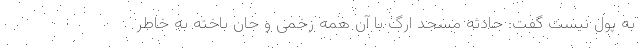
به پول نیست گفت: حادثه مسجد ارگ با آن همه زخمی و جان باخته به خاطر